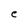
Character: e